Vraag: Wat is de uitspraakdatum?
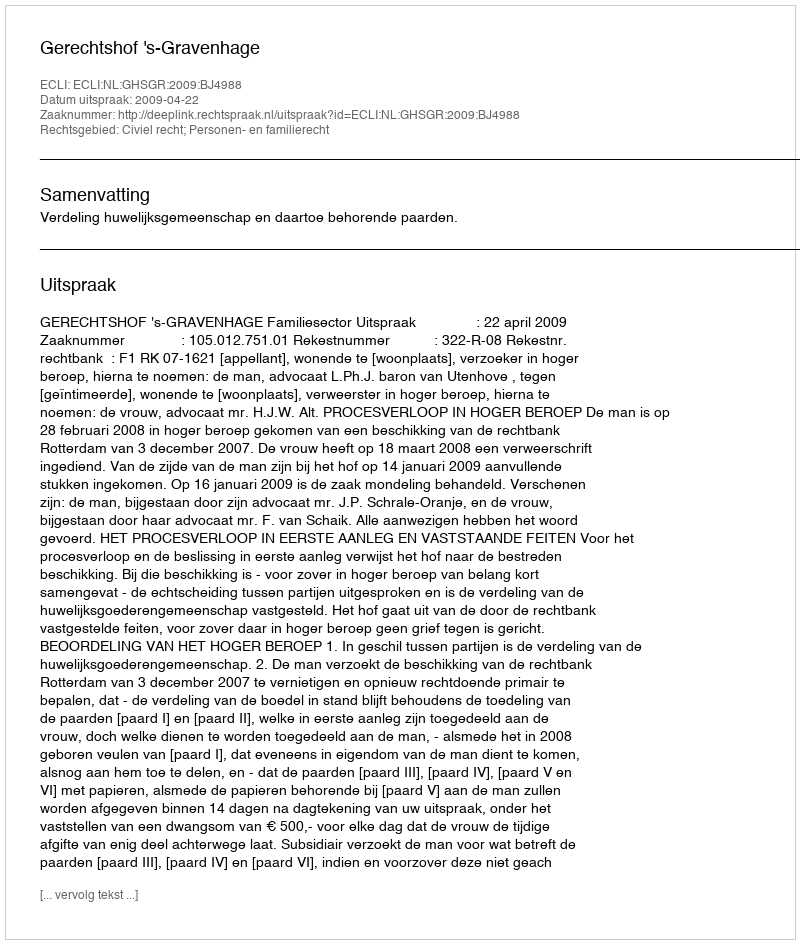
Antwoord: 2009-04-22